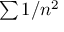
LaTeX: \textstyle \sum 1 / { n ^ { 2 } }